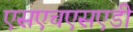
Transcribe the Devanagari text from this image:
एसएचएसएडी